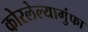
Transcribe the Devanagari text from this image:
कोरलेल्यागुंफा